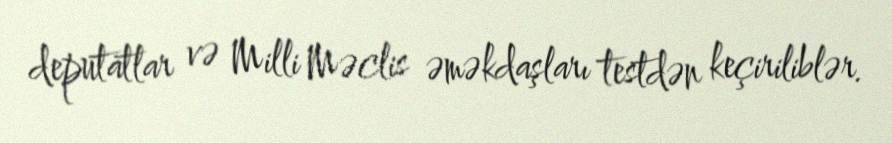
deputatlar və Milli Məclis əməkdaşları testdən keçiriliblər.